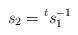
LaTeX: \begin{align*}s_2={}^{t}s_1^{-1}\end{align*}